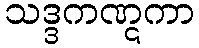
သဒ္ဒကဏ္ဋကာ